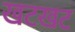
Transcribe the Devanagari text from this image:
खटखट